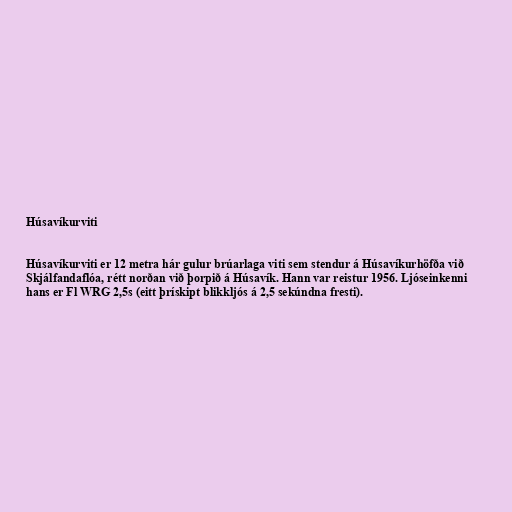
Húsavíkurviti

Húsavíkurviti er 12 metra hár gulur brúarlaga viti sem stendur á Húsavíkurhöfða við
Skjálfandaflóa, rétt norðan við þorpið á Húsavík. Hann var reistur 1956. Ljóseinkenni
hans er Fl WRG 2,5s (eitt þrískipt blikkljós á 2,5 sekúndna fresti).